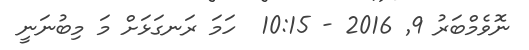
ނޮވެމްބަރު 9